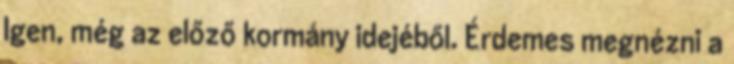
Igen, még az előző kormány idejéből. Érdemes megnézni a